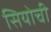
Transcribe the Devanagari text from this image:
सियोची